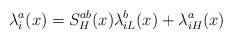
LaTeX: \begin{align*}\lambda_i^a(x)=S_H^{ab}(x)\lambda_{iL}^b(x)+\lambda_{iH}^a(x)\end{align*}